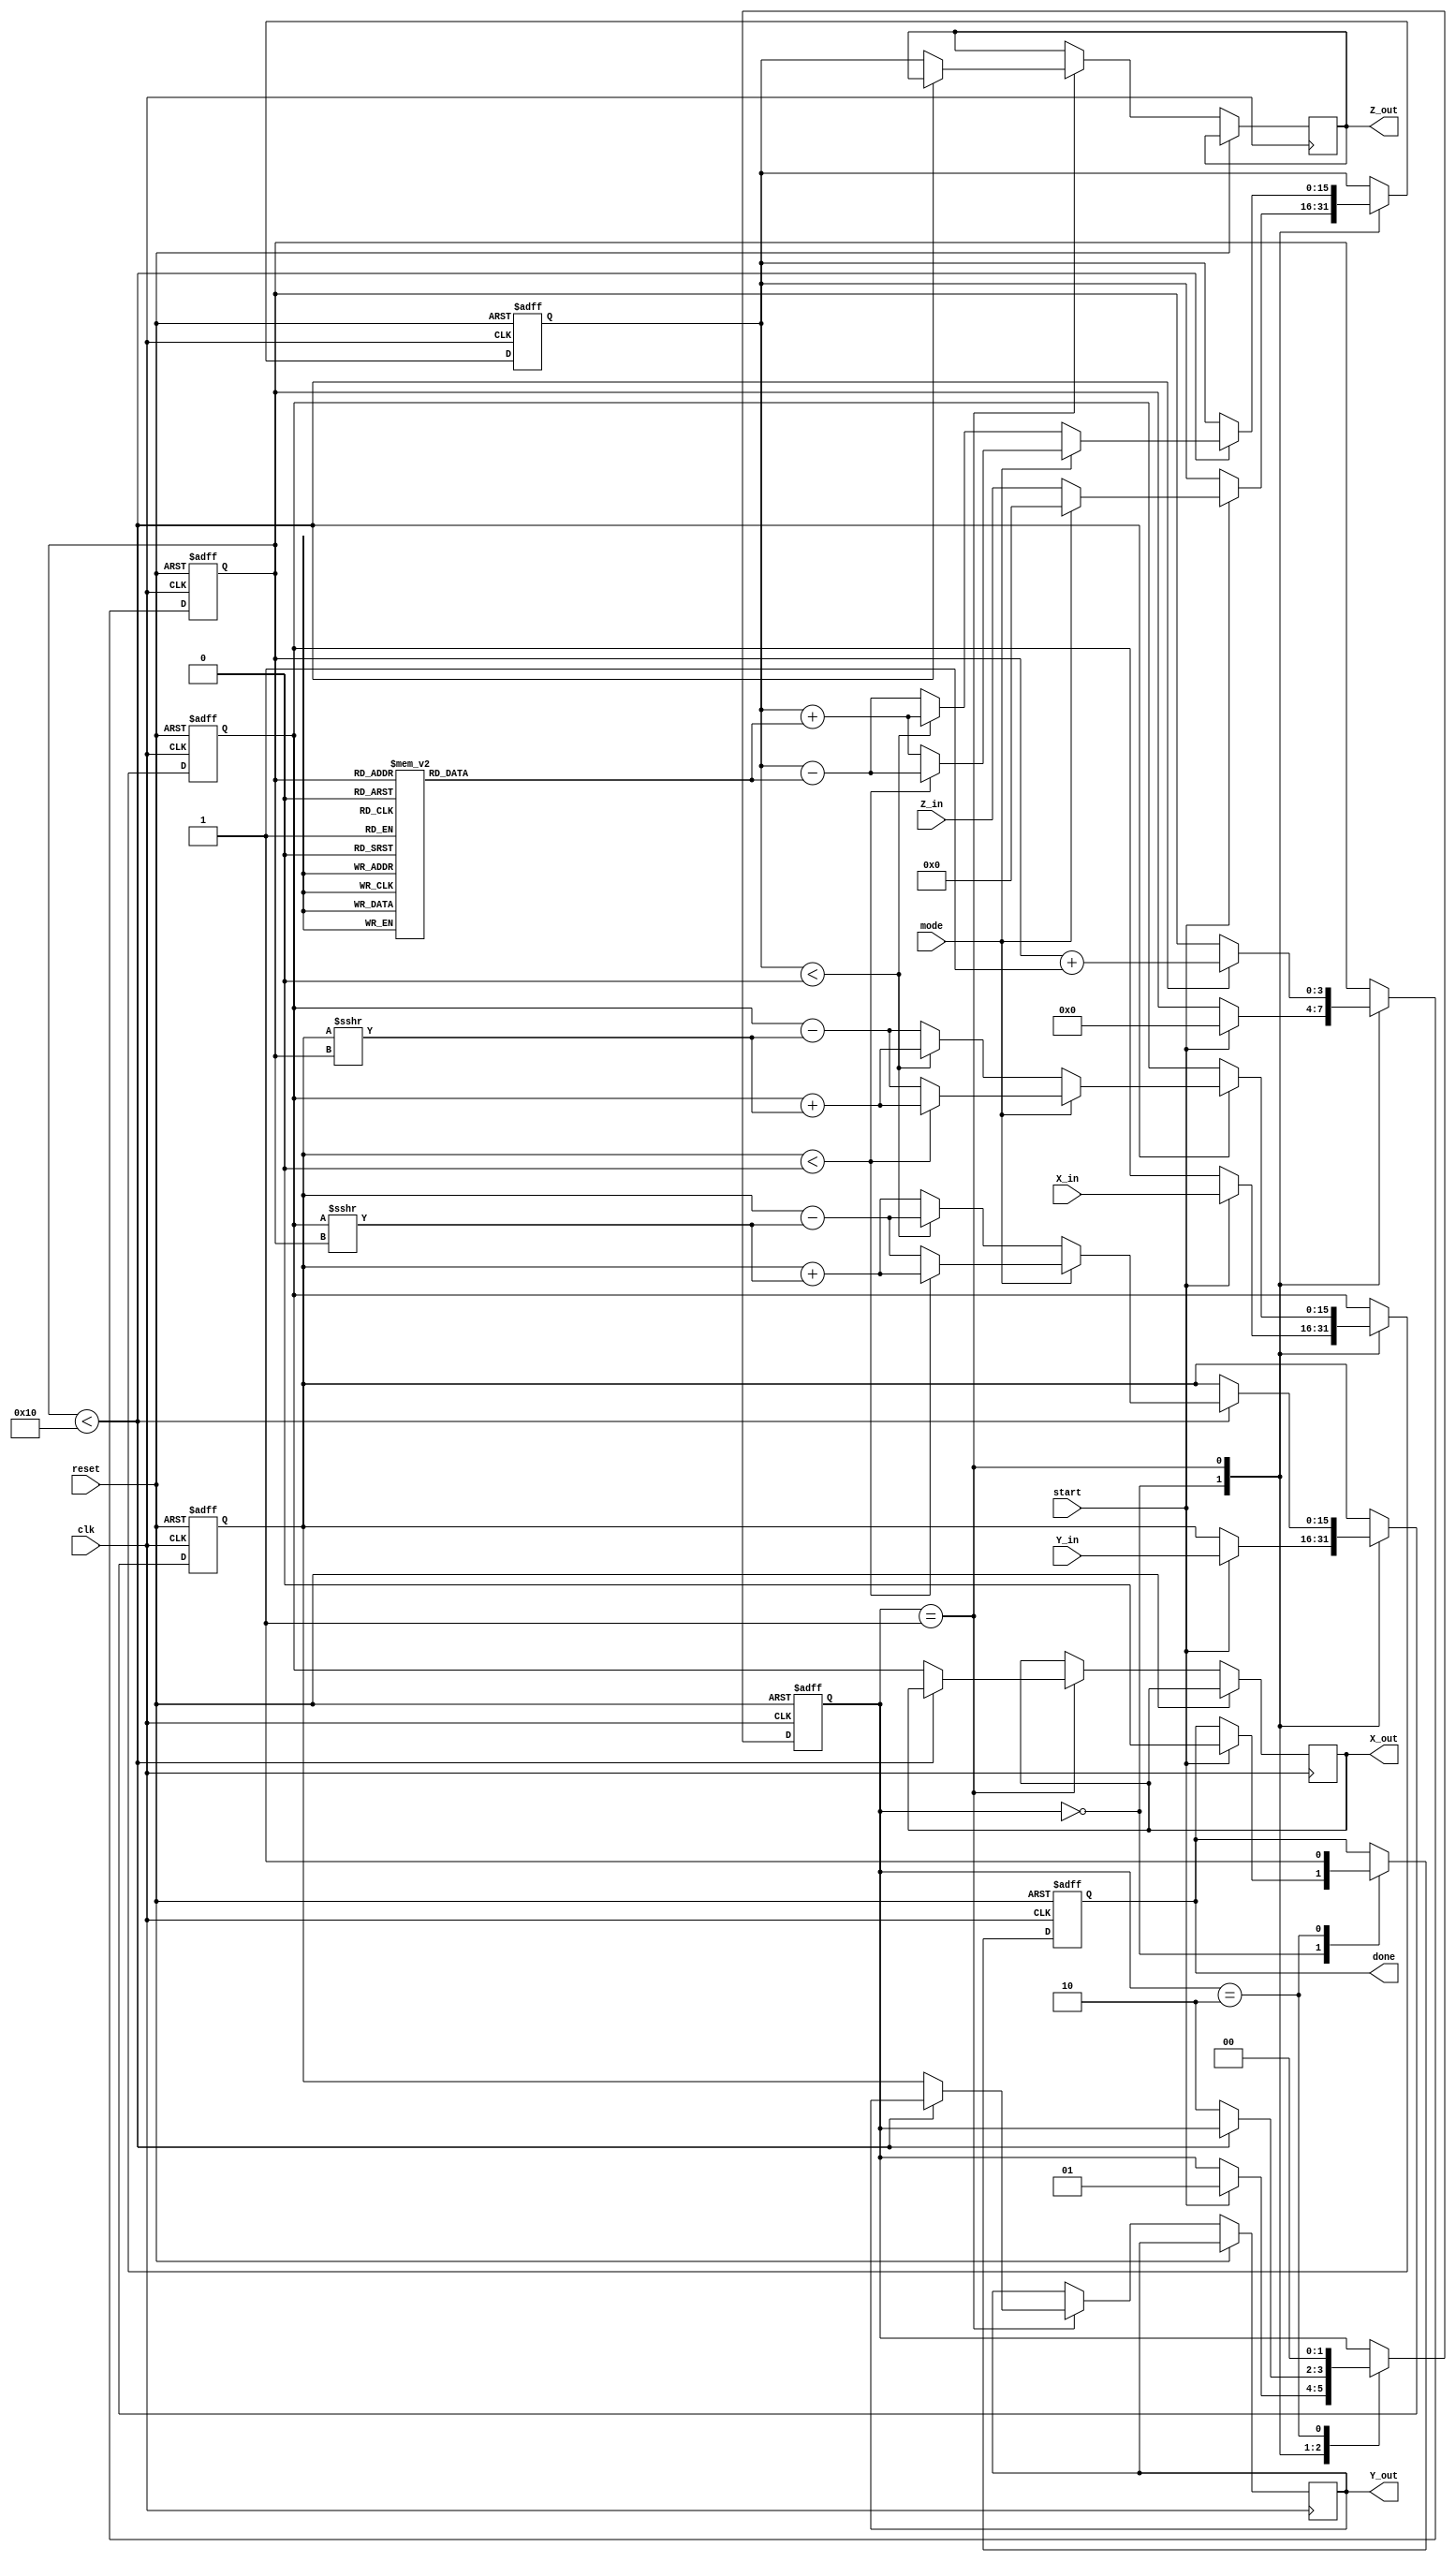
module modified_cordic #(
    parameter WIDTH = 16,         // Bit width for inputs and outputs
    parameter ITERATIONS = 16     // Number of CORDIC iterations
)(
    input wire clk,
    input wire reset,
    input wire start,
    input wire mode,              // 0: Rotation, 1: Vectoring
    input wire signed [WIDTH-1:0] X_in, // Input X
    input wire signed [WIDTH-1:0] Y_in, // Input Y
    input wire signed [WIDTH-1:0] Z_in, // Input Z (angle)
    output reg signed [WIDTH-1:0] X_out, // Output X
    output reg signed [WIDTH-1:0] Y_out, // Output Y
    output reg signed [WIDTH-1:0] Z_out, // Output Z (angle)
    output reg done               // Operation complete signal
);

    // CORDIC angle lookup table
    reg signed [WIDTH-1:0] atan_table [0:ITERATIONS-1];
    initial begin
        // Precompute atan(2^-i) for i = 0 to ITERATIONS-1
        atan_table[0] = 16'h1C71; // atan(1) = 45 degrees in Q15 format
        atan_table[1] = 16'h0D8E; // atan(1/2) in Q15 format
        // Continue filling in the table...
    end

    reg signed [WIDTH-1:0] X, Y, Z;
    reg [3:0] iteration; // Counter for iterations
    reg [1:0] state;     // State for FSM
    localparam IDLE = 2'b00, RUN = 2'b01, DONE = 2'b10;

    // CORDIC algorithm implementation
    always @(posedge clk or posedge reset) begin
        if (reset) begin
            X <= 0;
            Y <= 0;
            Z <= 0;
            iteration <= 0;
            state <= IDLE;
            done <= 0;
        end else begin
            case (state)
                IDLE: begin
                    if (start) begin
                        // Load inputs based on mode
                        if (mode == 0) begin // Rotation mode
                            X <= X_in;
                            Y <= Y_in;
                            Z <= Z_in;
                        end else begin // Vectoring mode
                            X <= X_in;
                            Y <= Y_in;
                            Z <= 0; // Start with zero angle
                        end
                        iteration <= 0;
                        state <= RUN;
                        done <= 0;
                    end
                end
                RUN: begin
                    if (iteration < ITERATIONS) begin
                        // CORDIC iteration
                        if (mode == 0) begin // Rotation mode
                            if (Z < 0) begin
                                X <= X + (Y >>> iteration);
                                Y <= Y - (X >>> iteration);
                                Z <= Z + atan_table[iteration];
                            end else begin
                                X <= X - (Y >>> iteration);
                                Y <= Y + (X >>> iteration);
                                Z <= Z - atan_table[iteration];
                            end
                        end else begin // Vectoring mode
                            if (Y < 0) begin
                                X <= X + (Y >>> iteration);
                                Y <= Y + (X >>> iteration);
                                Z <= Z - atan_table[iteration];
                            end else begin
                                X <= X - (Y >>> iteration);
                                Y <= Y - (X >>> iteration);
                                Z <= Z + atan_table[iteration];
                            end
                        end
                        iteration <= iteration + 1;
                    end else begin
                        // Operation completed
                        X_out <= X;
                        Y_out <= Y;
                        Z_out <= Z;
                        state <= DONE;
                    end
                end
                DONE: begin
                    done <= 1; // Signal that operation is complete
                    state <= IDLE; // Ready for next operation
                end
            endcase
        end
    end
endmodule